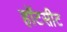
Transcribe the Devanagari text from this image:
हॉटसीट